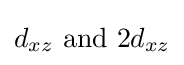
d_{xz}{\text{ and }}2d_{xz}